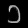
Digit: ၁